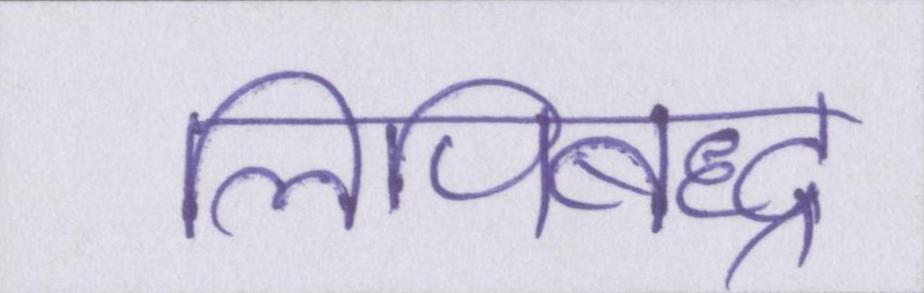
लिपिबद्ध